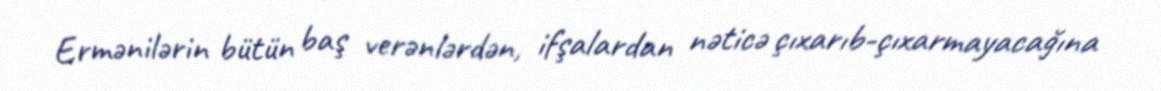
Ermənilərin bütün baş verənlərdən, ifşalardan nəticə çıxarıb-çıxarmayacağına